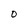
Character: O